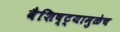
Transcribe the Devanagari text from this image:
वैशिष्ट्यामुळेच